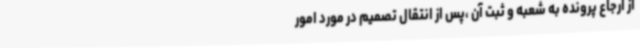
از ارجاع پرونده به شعبه و ثبت آن ،پس از انتقال تصمیم در مورد امور